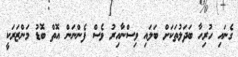
ގެނައި ހުރިހާ ބަދަލުތަކަށް ބަލައި ވިސްނާއިރު ވެސް ފެންނަން އޮތް ބޮޑު މަންޒަރަކީ